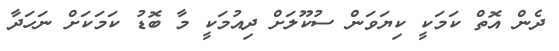
ދެން އޮތް ކަމަކީ ކިޔަވަން ސުކޫލަށް ދިއުމަކީ މާ ބޮޑު ކަމަކަށް ނަހަދާ